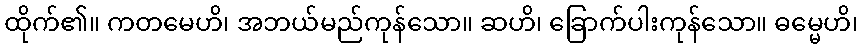
ထိုက်၏။ ကတမေဟိ၊ အဘယ်မည်ကုန်သော။ ဆဟိ၊ ခြောက်ပါးကုန်သော။ ဓမ္မေဟိ၊